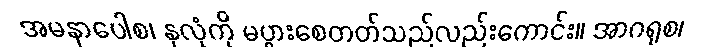
အမနာပေါစ၊ နှလုံကို မပွားစေတတ်သည်လည်းကောင်း။ အာဂရုစ၊